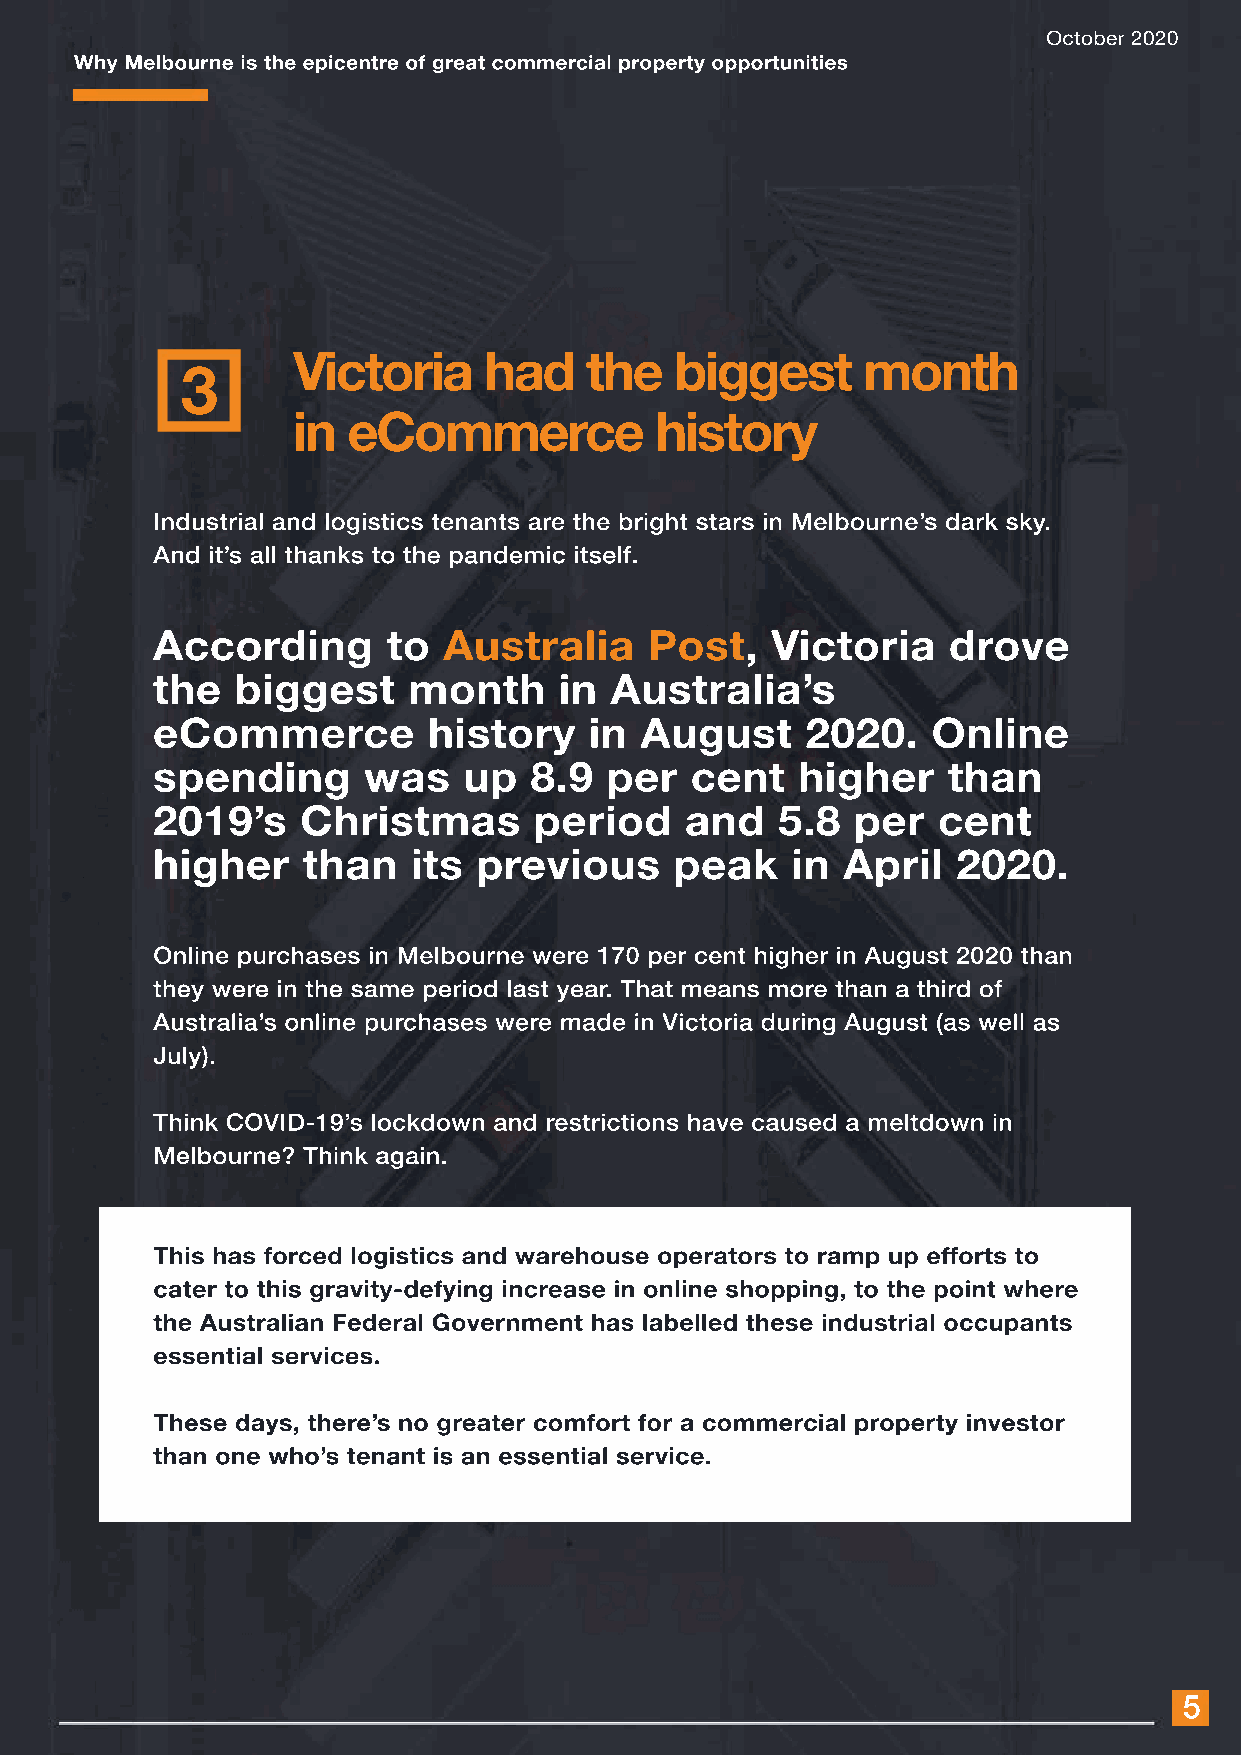
October 2020
 Why Melbourne is the epicentre of great commercial property opportunities
 Victoria     had    the   biggest     month
 3
 in  eCommerce           history
 Industrial and logistics tenants are the bright stars in Melbourne’s dark sky.
 And it’s all thanks to the pandemic itself.
 According       to Australia     Post,   Victoria    drove
 the   biggest    month     in Australia’s
 eCommerce         history    in August     2020.    Online
 spending      was    up  8.9  per   cent   higher    than
 2019’s    Christmas      period    and   5.8  per   cent
 higher    than   its  previous     peak   in  April  2020.
 Online purchases in Melbourne were 170 per cent higher in August 2020 than
 they were in the same period last year. That means more than a third of
 Australia’s online purchases were made in Victoria during August (as well as
 July).
 TThhiinnkk CCOOVVIIDD--1199’s lockdown and restrictions have caused a meltdown in
 Melbourne? Think again.
 This has forced logistics and warehouse operators to ramp up efforts to
 cater to this gravity-defying increase in online shopping, to the point where
 the Australian Federal Government has labelled these industrial occupants
 essential services.
 TThheessee ddaayyss,, tthheere’s no greater comfort for a commercial property investor
 than one who’s tenant is an essential service.
 5